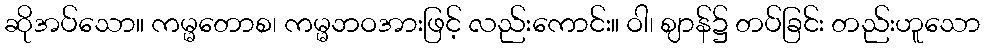
ဆိုအပ်သော။ ကမ္မတောစ၊ ကမ္မဘဝအားဖြင့် လည်းကောင်း။ ဝါ၊ ဈာန်၌ တပ်ခြင်း တည်းဟူသော